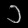
Digit: ၁